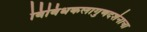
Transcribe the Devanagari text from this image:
विविधकलागुणदर्शनाचा